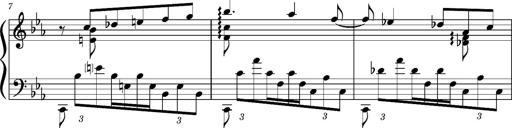
Title: PrÃ©ludes et Harmonies poÃ©tiques et religieuses
Composer: Franz Liszt